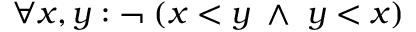
\forall x , y : \neg \; ( x < y \; \wedge \; y < x )